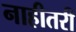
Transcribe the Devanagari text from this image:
नाहीतरी